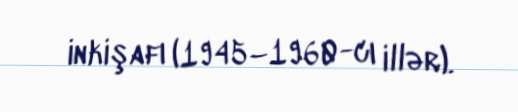
inkişafı (1945–1960-cı illər).